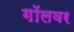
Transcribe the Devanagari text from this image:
गॉलवर